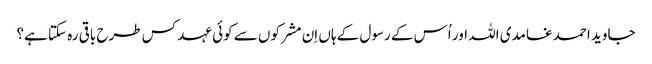
جاوید احمد غامدی اللہ اور اُس کے رسول کے ہاں اِن مشرکوں سے کوئی عہد کس طرح باقی رہ سکتا ہے؟